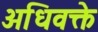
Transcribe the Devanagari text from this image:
अधिवक्ते